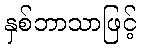
နှစ်ဘာသာဖြင့်